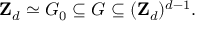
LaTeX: { \bf Z } _ { d } \simeq G _ { 0 } \subseteq G \subseteq ( { \bf Z } _ { d } ) ^ { d - 1 } .